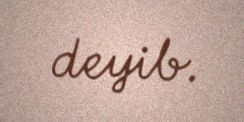
deyib.